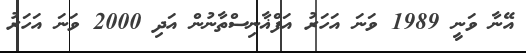
އޭނާ ވަނީ 1989 ވަނަ އަހަރު އަފްޣާނިސްތާނުން އަދި 2000 ވަނަ އަހަރު